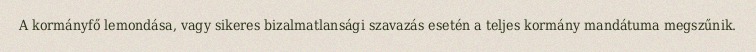
A kormányfő lemondása, vagy sikeres bizalmatlansági szavazás esetén a teljes kormány mandátuma megszűnik.